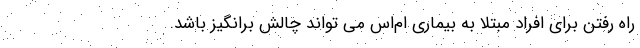
راه رفتن برای افراد مبتلا به بیماری ام‌اس می تواند چالش برانگیز باشد.